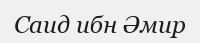
Саид ибн Әмир